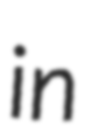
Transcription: in